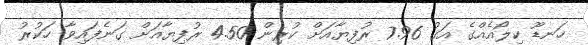
ހަނޑޫ ކިލޯއެއްގެ އަގު 7.96 ރުފިޔާއަށް ކުރިން 4.50 ރުފިޔާއަށް ގަނެފައިވާ ހަކުރު